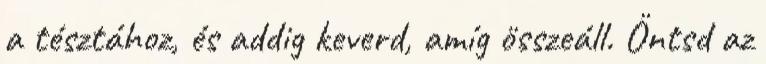
a tésztához, és addig keverd, amíg összeáll. Öntsd az